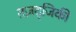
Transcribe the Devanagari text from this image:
तज़द्जिकी